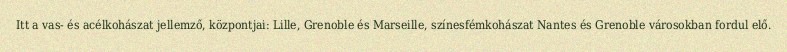
Itt a vas- és acélkohászat jellemző, központjai: Lille, Grenoble és Marseille, színesfémkohászat Nantes és Grenoble városokban fordul elő.